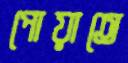
পোয়াতে